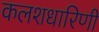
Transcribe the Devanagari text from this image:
कलशधारिणी